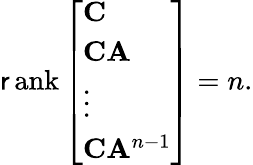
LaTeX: \operatorname{\mathsf{r}ank}{\left[\begin{array}{l}{\mathbf{C}}\\ {\mathbf{C}\mathbf{A}}\\ {\vdots}\\ {\mathbf{C}\mathbf{A}^{n-1}}\end{array}\right]}=n.